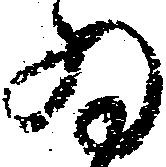
為